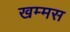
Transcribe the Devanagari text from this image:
खम्मस